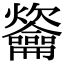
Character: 䶴